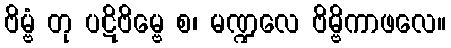
ဗိမ္ဗံ တု ပဋိဗိမ္ဗေ စ၊ မဏ္ဍလေ ဗိမ္ဗိကာဖလေ။